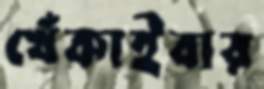
খেঁকাইবার